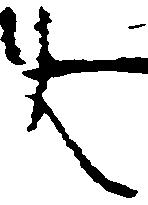
大